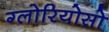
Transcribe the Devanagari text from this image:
ग्लोरियोसो